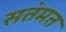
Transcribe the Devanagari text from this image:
सतंमत